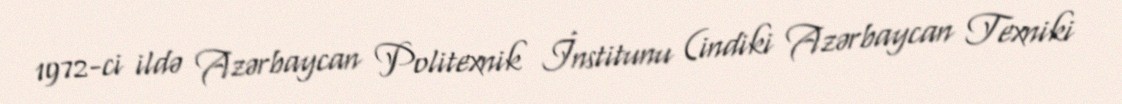
1972-ci ildə Azərbaycan Politexnik İnstitunu (indiki Azərbaycan Texniki